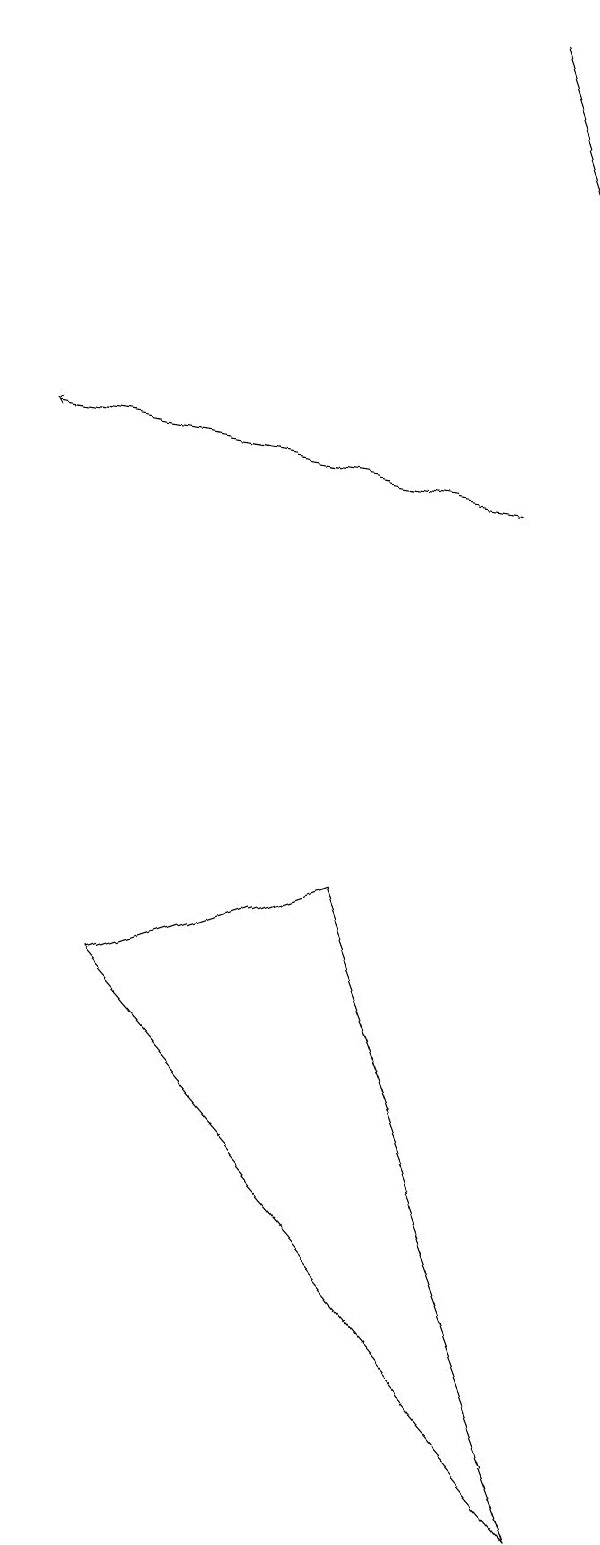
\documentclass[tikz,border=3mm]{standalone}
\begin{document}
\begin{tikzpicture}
\draw[->] (6,19) -- (7,16);
\draw[->] (6,13) -- (0,14);
\draw (4,8) -- (1,7) -- (7,0) -- cycle;
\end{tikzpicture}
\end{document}